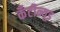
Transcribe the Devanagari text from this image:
कँटीन्यूड